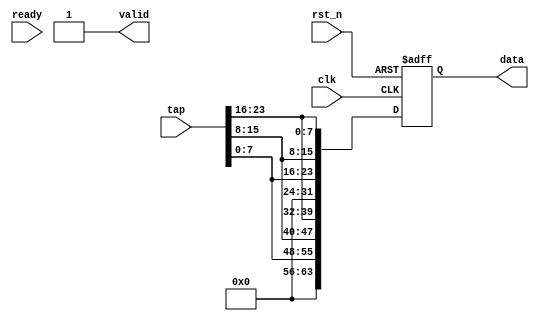
module app(
    input clk,
    input rst_n,
    output [63:0] data,
    output valid,
    input ready,
    input [31:0] tap
);

reg [63:0] pixel;
assign valid = 1'b1;
wire [7:0] red;
wire [7:0] green;
wire [7:0] blue;

assign red = tap[7:0];
assign green = tap[15:8];
assign blue = tap[23:16];

wire [31:0] rgb;
assign rgb = {8'h0,red,green,blue};

always @(posedge clk, negedge rst_n) begin
    if (!rst_n) begin
        pixel <= 'h0;
    end
    else begin
        pixel <= {rgb,rgb};
    end
end

assign data = pixel;

endmodule